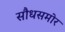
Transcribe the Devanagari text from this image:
सौधसमोर